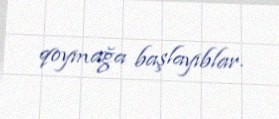
qoymağa başlayıblar.